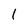
Character: l